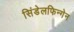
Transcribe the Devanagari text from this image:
सिंडेलफिन्गेन